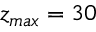
z _ { m a x } = 3 0